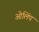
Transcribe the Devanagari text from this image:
ओलिंप